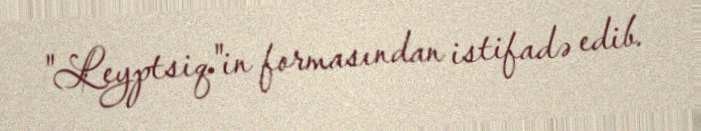
"Leyptsiq"in formasından istifadə edib.